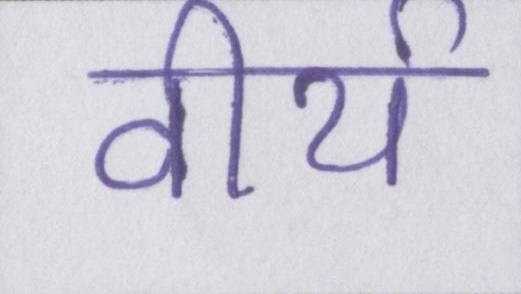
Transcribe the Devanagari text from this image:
वीर्य